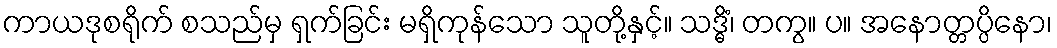
ကာယဒုစရိုက် စသည်မှ ရှက်ခြင်း မရှိကုန်သော သူတို့နှင့်။ သဒ္ဓိံ၊ တကွ။ ပ။ အနောတ္တပ္ပိနော၊